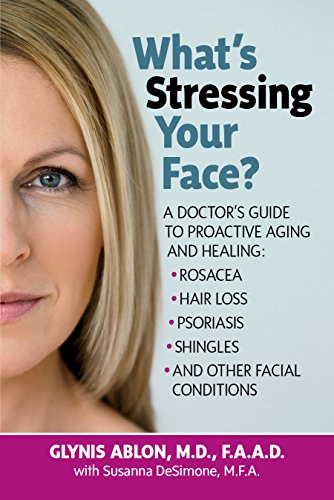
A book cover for What's Stressing Your Face: A Doctors Guide to Proactive Aging and Healing: Rosacea, Hair Loss, Psoriasis, Shingles and Other Facial Conditions; Glynis Ablon MD; Health, Fitness & Dieting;